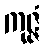
ကုဇ္ဇံ